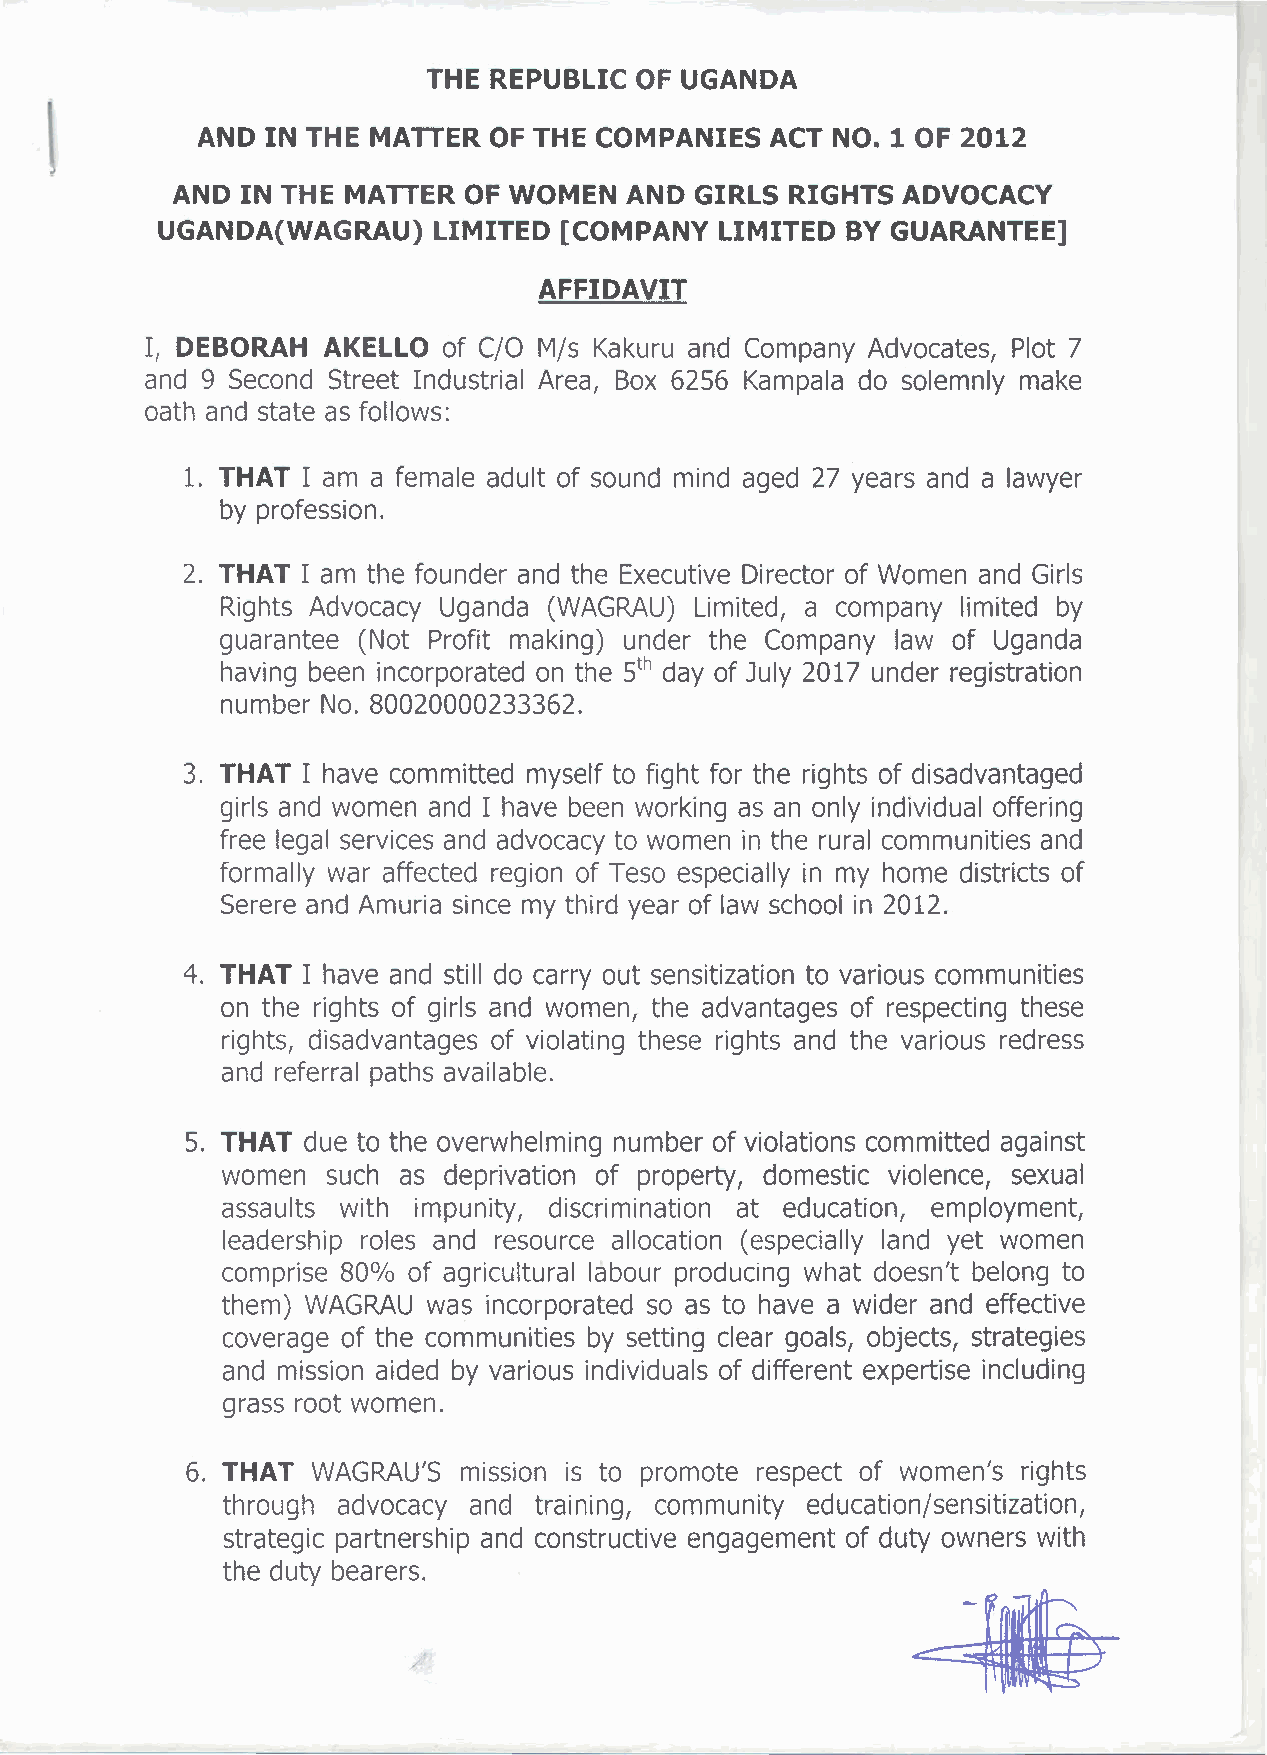
THE REPUBLIC  OF UGANDA
 AND  IN THE MATTER OF THE COMPANIES   ACT NO.1  OF 2012
 AND  IN THE MATTER  OF WOMEN  AND  GIRLS RIGHTS  ADVOCACY
 UGANDA(WAGRAU)     LIMITED [COMPANY   LIMITED BY GUARANTEE]
 AFFIDAVIT
 I, DEBORAH AKELLO  of C/O M/s Kakuru and Company Advocates, Plot 7
 and 9 Second Street Industrial Area, Box 6256 Kampala do solemnly make
 oath and state as follows:
 1. THAT I am a female adult of sound mind aged 27 years and a lawyer
 by profession.
 2. THAT I am the founder and the Executive Director of Women and Girls
 Rights Advocacy Uganda (WAGRAU) Limited, a company limited by
 guarantee (Not Profit making) under the Company law of Uganda
 s"
 having been incorporated on the day of July 2017 under registration
 number No. 80020000233362.
 3. THAT I have committed myself to fight for the rights of disadvantaged
 girls and women and I have been working as an only individual offering
 free legal services and advocacy to women in the rural communities and
 formally war affected region of Teso especially in my home districts of
 Serere and Amuria since my third year of law school in 2012.
 4. THAT I have and still do carry out sensitization to various communities
 on the rights of girls and women, the advantages of respecting these
 rights, disadvantages of violating these rights and the various redress
 and referral paths available.
 5. THAT due to the overwhelming number of violations committed against
 women  such as deprivation of property, domestic violence, sexual
 assaults with impunity, discrimination at education, employment,
 leadership roles and resource allocation (especially land yet women
 comprise 80% of agricultural labour producing what doesn't belong to
 them) WAGRAU was incorporated so as to have a wider and effective
 coverage of the communities by setting clear goals, objects, strategies
 and mission aided by various individuals of different expertise including
 grass root women.
 6. THAT  WAGRAU'S mission is to promote respect of women's rights
 through advocacy and training, community education/sensitization,
 strategiC partnership and constructive engagement of duty owners with
 the duty bearers.
 /